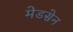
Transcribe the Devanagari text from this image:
मेडसेन